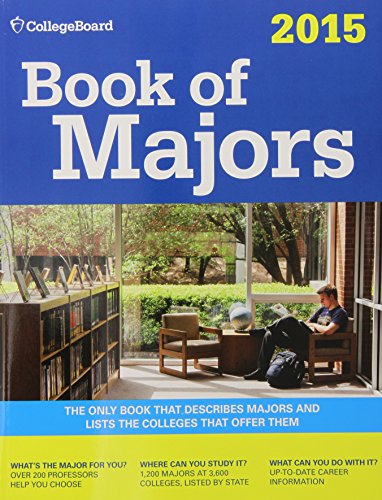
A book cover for Book of Majors 2015 (College Board Book of Majors); The College Board; Education & Teaching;